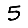
Digit: 5